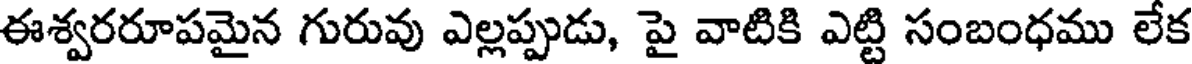
ఈశ్వరరూపమైన గురువు ఎల్లప్పుడు, పై వాటికి ఎట్టి సంబంధము లేక